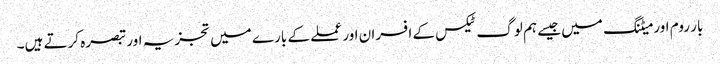
بار روم اور میٹنگ میں جیسے ہم لوگ ٹیکس کے افسران اور عملے کے بارے میں تجزیہ اور تبصرہ کرتے ہیں۔